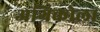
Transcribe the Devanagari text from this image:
अग्रिकोला